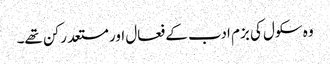
وہ سکول کی بزم ادب کے فعال اور مستعد رکن تھے۔